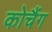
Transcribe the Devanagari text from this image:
कोचैंग